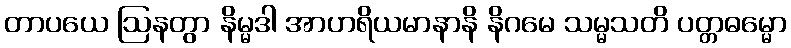
တာပယေ ဩနတွာ နိမ္မဒါ အာဟရိယမာနာနိ နိဂမေ သမ္မသတိ ပတ္တဓမ္မော